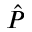
\hat { P }